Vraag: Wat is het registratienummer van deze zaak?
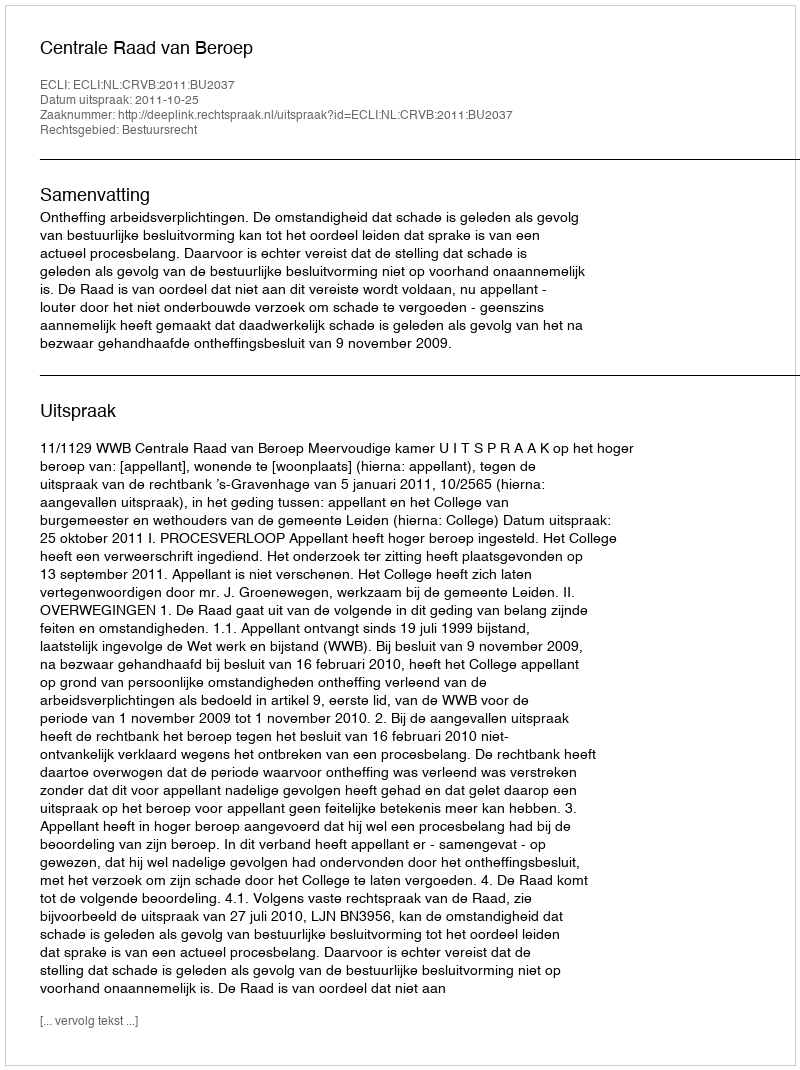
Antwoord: http://deeplink.rechtspraak.nl/uitspraak?id=ECLI:NL:CRVB:2011:BU2037